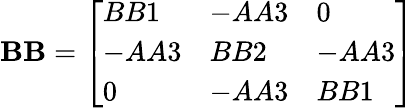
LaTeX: \mathbf{BB}={\left[\begin{array}{lll}{BB1}&{-AA3}&{0}\\ {-AA3}&{BB2}&{-AA3}\\ {0}&{-AA3}&{BB1}\end{array}\right]}